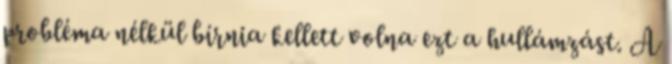
probléma nélkül bírnia kellett volna ezt a hullámzást. A